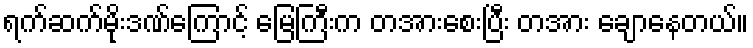
ရက်ဆက်မိုးဒဏ်ကြောင့် မြေကြီးက တအားစေးပြီး တအား ချောနေတယ်။